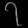
Digit: ၇